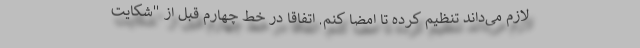
لازم می‌داند تنظیم کرده تا امضا کنم. اتفاقا در خط چهارم قبل از "شکایت